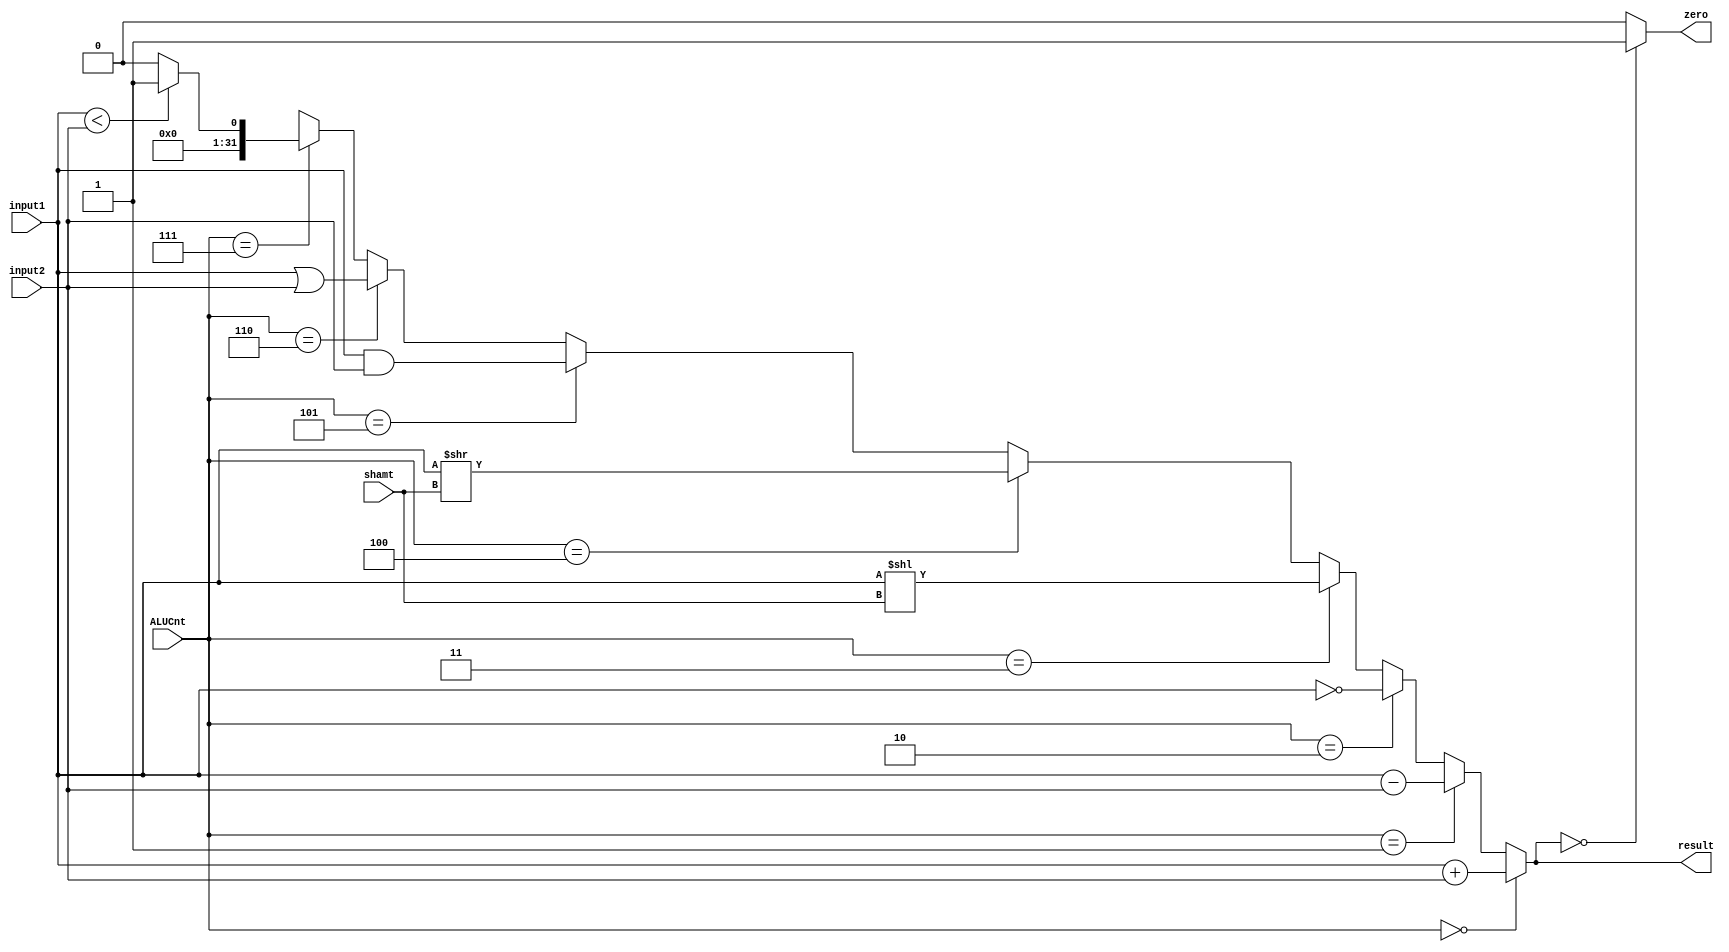
`timescale 1ns / 1ps
//////////////////////////////////////////////////////////////////////////////////
// Company: 
// Engineer: 
// 
// Design Name: 
// Module Name:    alu 
// Project Name: 
// Target Devices: 
// Tool versions: 
// Description: 
//
// Dependencies: 
//
// Revision: 
// Revision 0.01 - File Created
// Additional Comments: 
//
//////////////////////////////////////////////////////////////////////////////////
module alu(input[3:0] ALUCnt,input [4:0]shamt, input[31:0]input1, input[31:0]input2, output zero, output[31:0] result);
	
	assign result = ALUCnt == 4'b0000 ? input1 + input2:
								ALUCnt == 4'b0001 ? input1 - input2:
								ALUCnt == 4'b0010 ? ~input1:
								ALUCnt == 4'b0011 ? input1 << shamt:
								ALUCnt == 4'b0100 ? input1 >> shamt:
								ALUCnt == 4'b0101 ? input1 & input2:
								ALUCnt == 4'b0110 ? input1 | input2:
								ALUCnt == 4'b0111 ? (input1 < input2 ? 1:0) : 32'bxxxxxxxxxxxxxxxx;
	assign zero = result == 0 ? 1 : 0;

endmodule